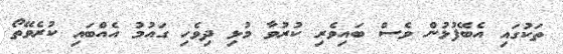
ތަކުގައި އެބޭފުޅުން ވެސް ބައިވެރި ކުރުވާ މުޅި ދިވެހި ގައުމު އެއްބައި ކުރެވޭތޯ